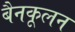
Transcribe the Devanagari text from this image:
बैनकूलन